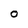
Character: O